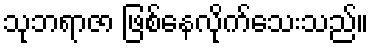
သုဘရာဇာ ဖြစ်နေလိုက်သေးသည်။